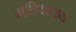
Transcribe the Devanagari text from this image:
महिवलय